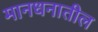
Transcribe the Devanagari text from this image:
मानधनातील